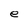
Character: e